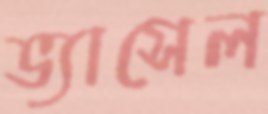
ভ্যাসেল